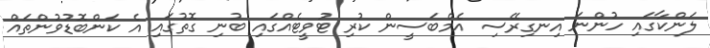
ލަންކާގައި ހުންނަ އިނގިރޭސި އެމްބަސީން ކުރި ޓުވީޓެއްގައި ބުނި ގޮތުގައި އެ ކަންބޮޑުވުންތައް